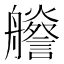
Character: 𦫁